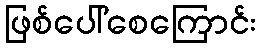
ဖြစ်ပေါ်စေကြောင်း